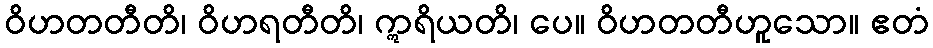
ဝိဟတတီတိ၊ ဝိဟရတီတိ၊ ဣရိယတိ၊ ပေ။ ဝိဟတတီဟူသော။ ဧတံ